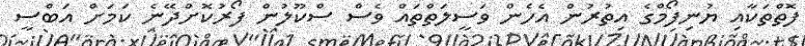
ފޮތްތަކާއި ޔުނިފޯމްގެ އިތުރުން އެހެން ވަސީލަތްތައް ވެސް ސްކޫލުން ފޯރުކޮށްދޭނެ ކަމަށް އަބްސީ